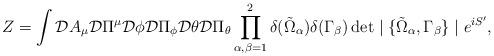
LaTeX: \begin{align*}Z = \int {\cal D} A_\mu {\cal D} \Pi^\mu {\cal D} \phi {\cal D} \Pi_\phi {\cal D} \theta {\cal D} \Pi_\theta \prod_{\alpha,\beta = 1}^{2}\delta(\tilde{\Omega}_\alpha) \delta(\Gamma_\beta) \det \mid \{\tilde{\Omega}_\alpha,\Gamma_\beta\} \mid e^{iS'},\end{align*}